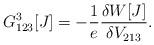
LaTeX: \begin{align*} G^3_{123}[J]=-\frac{1}{e}\frac{\delta W[J]}{\delta V_{213}}.\end{align*}